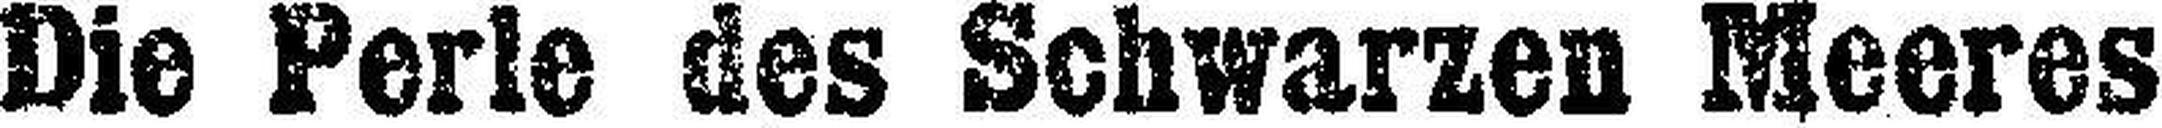
Die Perle des Schwarzen Meeres